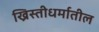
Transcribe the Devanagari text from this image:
ख्रिस्तीधर्मातील